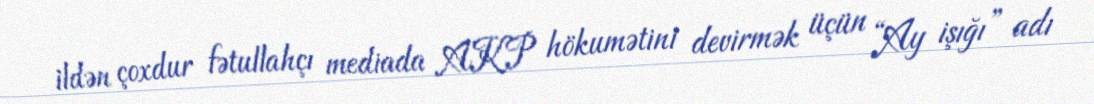
ildən çoxdur fətullahçı mediada AKP hökumətini devirmək üçün “Ay işığı” adı